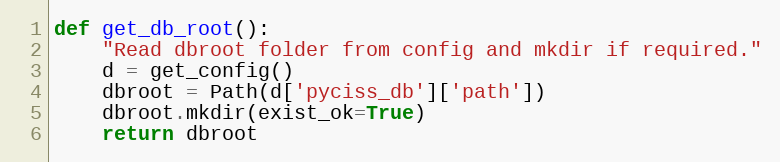
Language: Python
def get_db_root():
    "Read dbroot folder from config and mkdir if required."
    d = get_config()
    dbroot = Path(d['pyciss_db']['path'])
    dbroot.mkdir(exist_ok=True)
    return dbroot